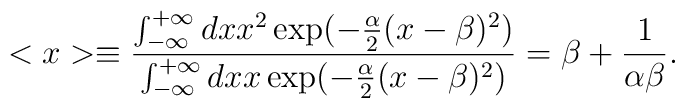
<x>\equiv\frac{\int_{-\infty}^{+\infty} dx x^2                        \exp(-\frac{\alpha}{2}(x-\beta)^2)}                {\int_{-\infty}^{+\infty} dx x           \exp(-\frac{\alpha}{2}(x-\beta)^2)}=\beta+\frac{1}{\alpha\beta}.